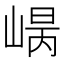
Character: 𡹾